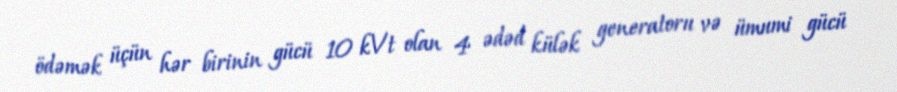
ödəmək üçün hər birinin gücü 10 kVt olan 4 ədəd külək generatoru və ümumi gücü